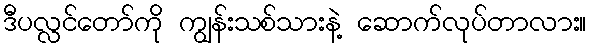
ဒီပလ္လင်တော်ကို ကျွန်းသစ်သားနဲ့ ဆောက်လုပ်တာလား။